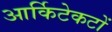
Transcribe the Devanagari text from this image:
आर्किटेकटों